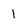
Character: 1